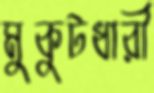
মুকুটধারী